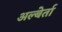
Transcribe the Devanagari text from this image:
अल्बेर्ता